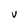
Character: U